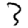
Digit: 3